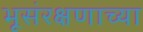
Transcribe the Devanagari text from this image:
भूसंरक्षणाच्या